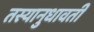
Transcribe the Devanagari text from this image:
तस्यानुधावती